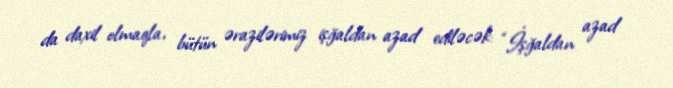
da daxil olmaqla, bütün ərazilərimiz işğaldan azad ediləcək: “İşğaldan azad